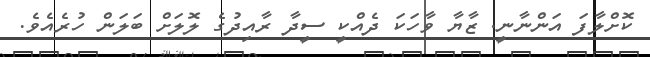
ކޮށްލާފަ އަންނާނީ. ޒާޔާ ވާހަކަ ދެއްކީ ސީދާ ރާއިދުގެ ލޮލަށް ބަލަން ހުރެއެވެ.